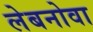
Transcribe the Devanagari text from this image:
लेबनोवा